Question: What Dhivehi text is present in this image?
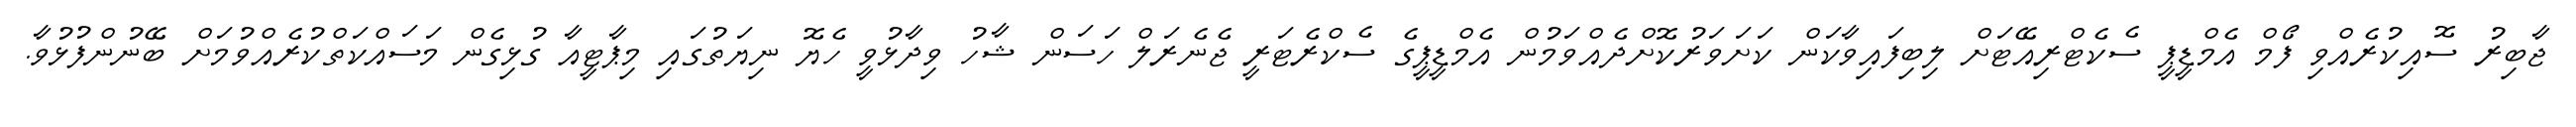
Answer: ޖާބިރު ސޮއިކުރެއްވި ފޯމް އެމްޑީޕީ ސެކެޓްރިއޭޓަށް ލިބިފައިވާކަން ކަށަވަރުކޮށްދެއްވަމުން އެމްޑީޕީގެ ސެކްރެޓަރީ ޖެނެރަލް ހަސަން ޝާހު ވިދާޅުވީ ހެޔޮ ނިޔަތުގައި މިޕާޓީއާ ގުޅިގެން މަސައްކަތްކުރެއްވުމަށް ބޭނުންފުޅުވާ.